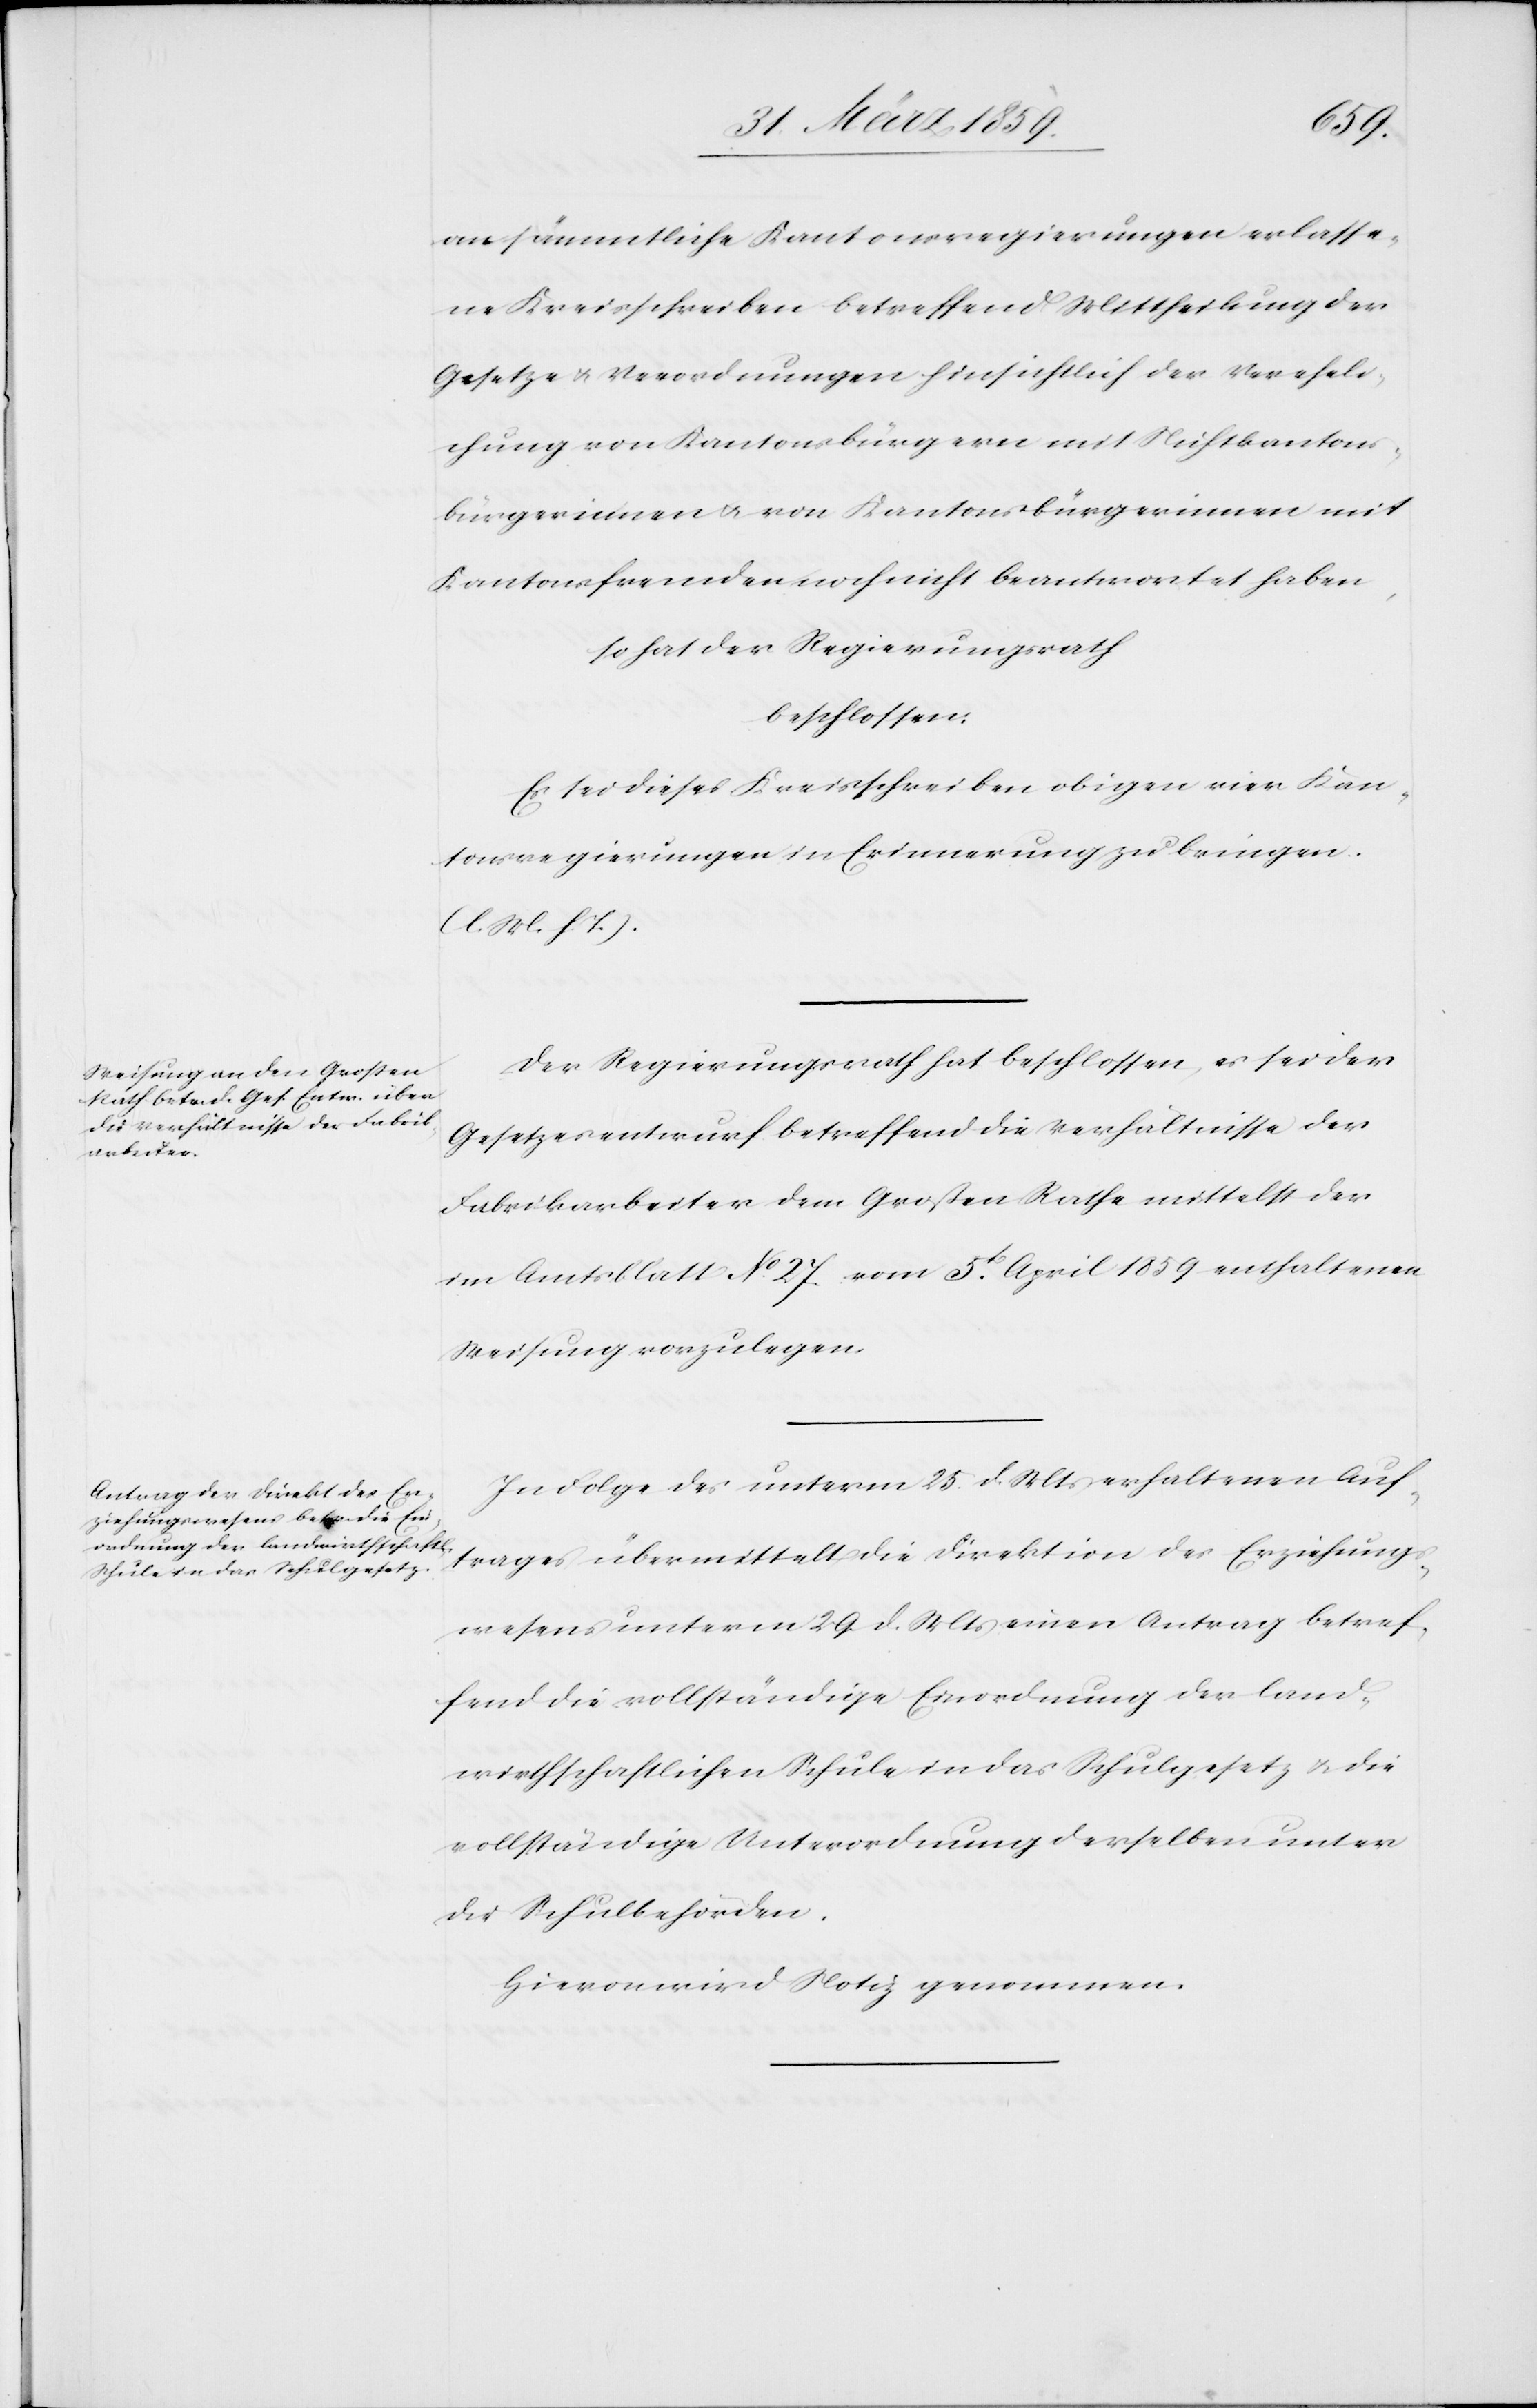
an sämmtliche Kantonsregierungen erlasse¬
ne Kreisschreiben betreffend Mittheilung der
Gesetze u. Verordnungen hinsichtlich der Vereheli¬
chung von Kantonsbürgern mit Nichtkantons¬
bürgerinnen u. von Kantonsbürgerinnen mit
Kantonsfremden noch nicht beantwortet haben,
so hat der Regierungsrath
beschlossen:
Es sei dieses Kreisschreiben obigen vier Kan¬
tonsregierungen in Erinnerung zu bringen.
(l. M. h. T.).
Der Regierungsrath hat beschlossen, es sei der
Gesetzesentwurf betreffend die Verhältnisse der
Fabrikarbeiter dem Großen Rathe mittelst der
im Amtsblatt No. 27 vom 5t. April 1859 enthaltenen
Weisung vorzulegen.
In Folge des unterm 25. d. Mts erhaltenen An¬
trages übermittelt die Direktion des Erziehungs¬
wesens unterm 29. d. Mts einen Antrag betref¬
fend die vollständige Einordnung der land¬
wirthschaftlichen Schule in das Schulgesetz u. die
vollständige Unterordnung derselben unter
die Schulbehörden.
Hievon wird Notiz genommen.